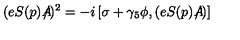
( e S ( p ) A \! \! \! \! \slash ) ^ { 2 } = - i \left[ \sigma + \gamma _ { 5 } \phi , ( e S ( p ) A \! \! \! \! \slash ) \right]